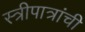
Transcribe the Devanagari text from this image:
स्त्रीपात्रांची